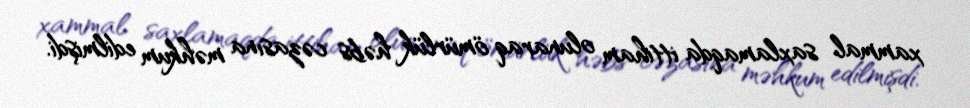
xammal saxlamaqda ittiham olunaraq ömürlük həbs cəzasına məhkum edilmişdi.